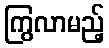
ကြွလာမည့်